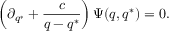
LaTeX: \left( \partial _ { q ^ { * } } + \frac { c } { q - q ^ { * } } \right) \Psi ( q , q ^ { * } ) = 0 .